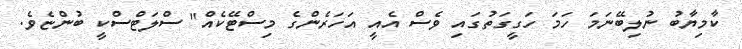
ކާމިޔާބު ނުލިބޭނަމަ ހަމަ ހަގީގަތުގައި ވެސް އެއީ އަހަރެންގެ މިސްޓޭކެއް" ސްލަޓްސްކީ ބުންޏެވެ.